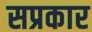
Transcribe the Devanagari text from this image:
सप्रकार